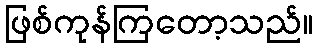
ဖြစ်ကုန်ကြတော့သည်။